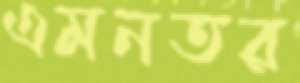
এমনতর